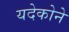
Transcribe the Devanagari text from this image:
यदेकोने